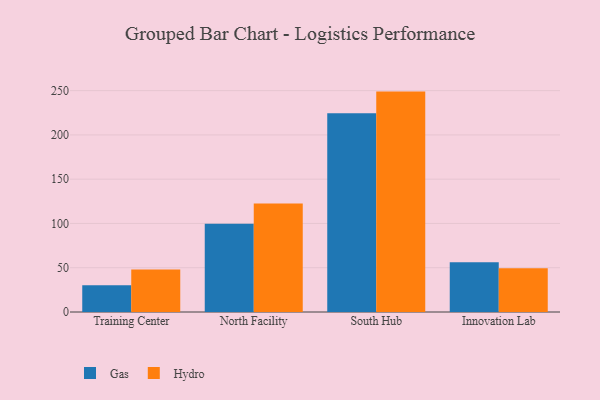
{"axis": {"x": "Campus", "y": "Production Output"}, "legend": ["Gas", "Hydro"], "data": [{"x": "Training Center", "y": 30.3, "type": "Gas"}, {"x": "Training Center", "y": 47.9, "type": "Hydro"}, {"x": "North Facility", "y": 99.7, "type": "Gas"}, {"x": "North Facility", "y": 122.4, "type": "Hydro"}, {"x": "South Hub", "y": 224.5, "type": "Gas"}, {"x": "South Hub", "y": 248.9, "type": "Hydro"}, {"x": "Innovation Lab", "y": 56.1, "type": "Gas"}, {"x": "Innovation Lab", "y": 49.5, "type": "Hydro"}]}